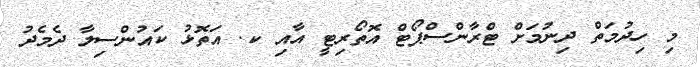
މި ހިދުމަތް ދިނުމަށް ޓްރާންސްޕޯޓް އޮތޯރިޓީ އާއި ކ. އަތޮޅު ކައުންސިލާ ދެމެދު